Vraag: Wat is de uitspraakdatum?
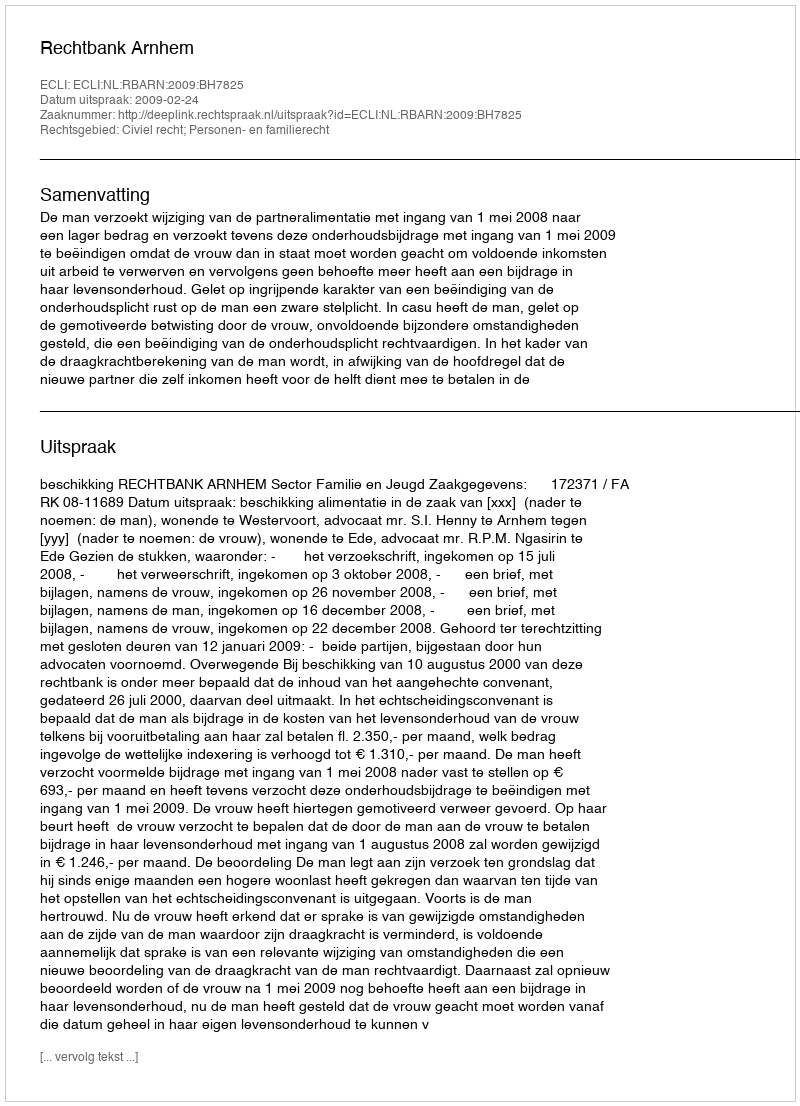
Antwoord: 2009-02-24